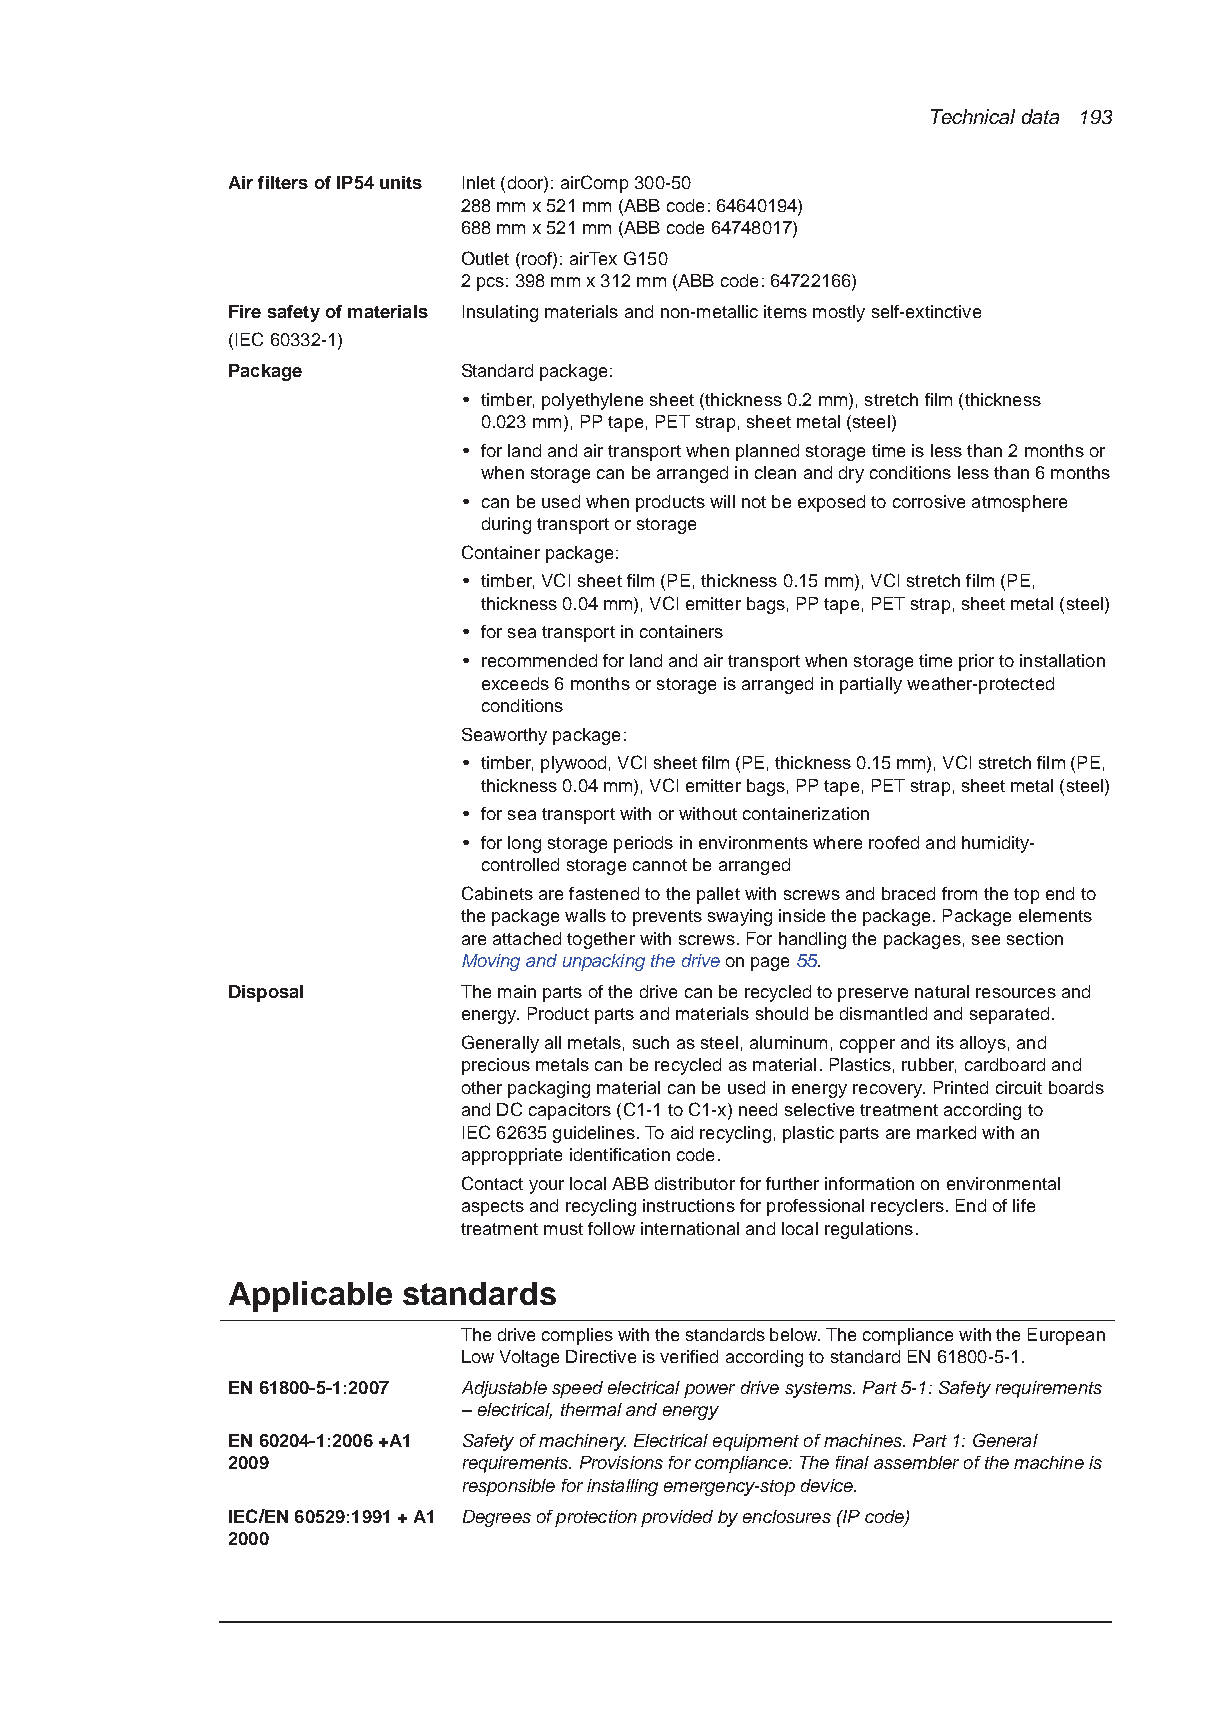
Technical data 193
 Air filters of IP54 units Inlet (door): airComp 300-50
 288mmx521mm (ABB code: 64640194)
 688mmx521mm (ABB code 64748017)
 Outlet (roof): airTex G150
 2 pcs: 398mmx312mm (ABB code: 64722166)
 Fire safety of materials Insulating materials and non-metallic items mostly self-extinctive
 (IEC 60332-1)
 Package        Standard package:
 • timber, polyethylene sheet (thickness 0.2 mm), stretch film (thickness
 0.023mm), PP tape, PET strap, sheet metal (steel)
 • for land and air transport when planned storage time is less than 2 months or
 when storage can be arranged in clean and dry conditions less than 6 months
 • can be used when products will not be exposed to corrosive atmosphere
 during transport or storage
 Container package:
 • timber, VCI sheet film (PE, thickness 0.15 mm), VCI stretch film (PE,
 thickness 0.04 mm), VCI emitter bags, PP tape, PET strap, sheet metal (steel)
 • for sea transport in containers
 • recommended for land and air transport when storage time prior to installation
 exceeds 6 months or storage is arranged in partially weather-protected
 conditions
 Seaworthy package:
 • timber, plywood, VCI sheet film (PE, thickness 0.15 mm), VCI stretch film (PE,
 thickness 0.04 mm), VCI emitter bags, PP tape, PET strap, sheet metal (steel)
 • for sea transport with or without containerization
 • for long storage periods in environments where roofed and humidity-
 controlled storage cannot be arranged
 Cabinets are fastened to the pallet with screws and braced from the top end to
 the package walls to prevents swaying inside the package. Package elements
 are attached together with screws. For handling the packages, see section
 Moving and unpacking the drive on page 55.
 Disposal       The main parts of the drive can be recycled to preserve natural resources and
 energy. Product parts and materials should be dismantled and separated.
 Generally all metals, such as steel, aluminum, copper and its alloys, and
 precious metals can be recycled as material. Plastics, rubber, cardboard and
 other packaging material can be used in energy recovery. Printed circuit boards
 and DC capacitors (C1-1 to C1-x) need selective treatment according to
 IEC62635 guidelines. To aid recycling, plastic parts are marked with an
 approppriate identification code.
 Contact your local ABB distributor for further information on environmental
 aspects and recycling instructions for professional recyclers. End of life
 treatment must follow international and local regulations.
 Applicable  standards
 The drive complies with the standards below. The compliance with the European
 Low Voltage Directive is verified according to standard EN61800-5-1.
 EN 61800-5-1:2007 Adjustable speed electrical power drive systems. Part 5-1: Safety requirements
 – electrical, thermal and energy
 EN 60204-1:2006 +A1 Safety of machinery. Electrical equipment of machines. Part 1: General
 2009           requirements. Provisions for compliance: The final assembler of the machine is
 responsible for installing emergency-stop device.
 IEC/EN 60529:1991 + A1 Degrees of protection provided by enclosures (IP code)
 2000